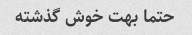
حتما بهت خوش گذشته